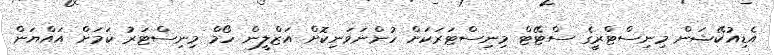
އެޑިއުކޭޝަން މިނިސްޓްރީގެ ސްޓޭޓް މިނިސްޓަރަކަށް ހުންނަވަނިކޮށް އަޒްލީން ހޯމް މިނިސްޓަރު ކަމަށް އައްޔަން